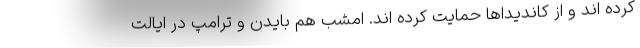
کرده اند و از کاندیداها حمایت کرده اند. امشب هم بایدن و ترامپ در ایالت